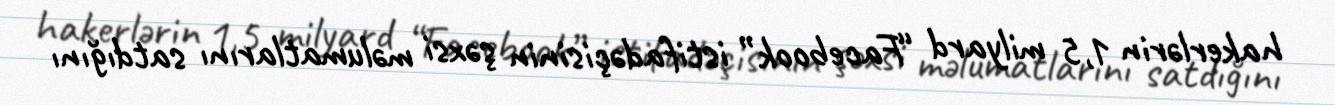
hakerlərin 1,5 milyard “Facebook” istifadəçisinin şəxsi məlumatlarını satdığını